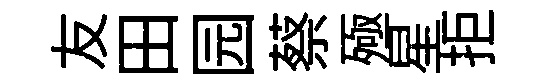
友田园蔡殛星拒